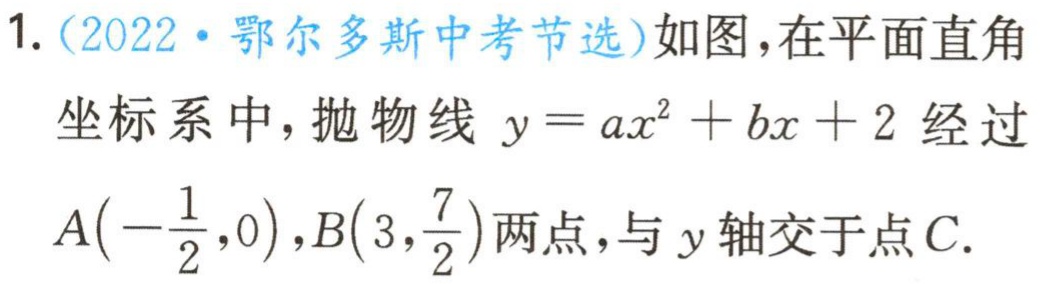
1.（2022·鄂尔多斯中考节选）如图，在平面直角坐标系中，抛物线\(y = ax^{2}+bx + 2\)经过\(A\left(-\dfrac{1}{2},0\right),B\left(3,\dfrac{7}{2}\right)\)两点，与\(y\)轴交于点\(C\).